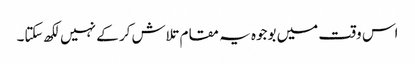
اس وقت میں بوجوہ یہ مقام تلاش کر کے نہیں لکھ سکتا۔